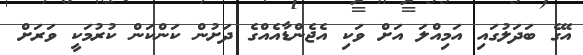
އޭގެ ބަދަލުގައި އަމިއްލަ އަށް ވަކި އެޖެންޑާއެއްގެ ދަށުން ކަންކަން ކުރުމަކީ ވަރަށް